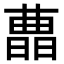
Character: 𣊛